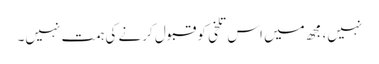
نہیں، مجھ میں اس تلخی کو قبول کرنے کی ہمت نہیں۔